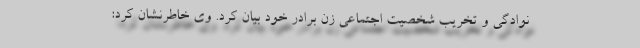
نوادگی و تخریب شخصیت اجتماعی زن برادر خود بیان کرد. وی خاطرنشان کرد: